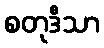
စတုဒီသာ